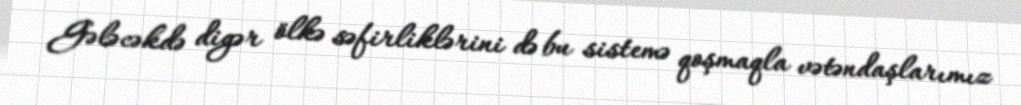
Gələcəkdə digər ölkə səfirliklərini də bu sistemə qoşmaqla vətəndaşlarımız